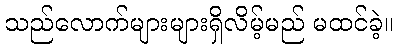
သည်လောက်များများရှိလိမ့်မည် မထင်ခဲ့။